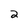
Character: 2